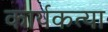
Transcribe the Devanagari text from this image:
कार्यकत्या